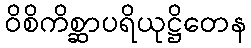
ဝိစိကိစ္ဆာပရိယုဋ္ဌိတေန